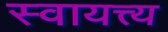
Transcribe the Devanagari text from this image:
स्वायत्त्य